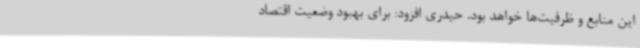
این منابع و ظرفیت‌ها خواهد بود. حیدری افزود: برای بهبود وضعیت اقتصاد